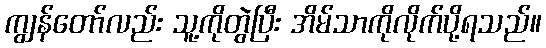
ကျွန်တော်လည်း သူ့ကိုတွဲပြီး အိမ်သာကိုလိုက်ပို့ရသည်။